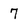
Character: 7